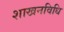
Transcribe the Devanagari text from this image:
शाखनविधि